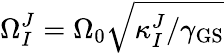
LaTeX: \Omega_{I}^{J}=\Omega_{0}\sqrt{\kappa_{I}^{J}/\gamma_{\mathrm{GS}}}